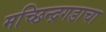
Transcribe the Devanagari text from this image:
मच्छिन्द्रगडाचा